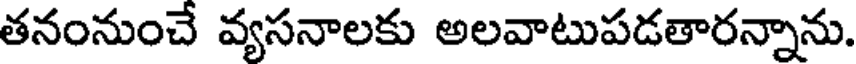
తనంనుంచే వ్యసనాలకు అలవాటుపడతారన్నాను.